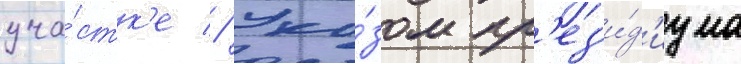
уча́стк'е // Ука́зом пр'ез'и́д'иума